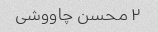
۲ محسن چاووشی